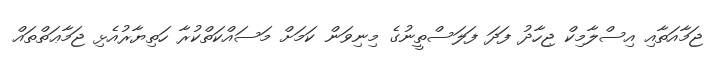
ޖަމާއަތާއި އިސްލާމިކް ޖިހާދު ފަދަ ފަލަސްތީނުގެ މިނިވަން ކަމަށް މަސައްކަތްކުރާ ހަތިޔާރުއެޅި ޖަމާޢަތްތައް